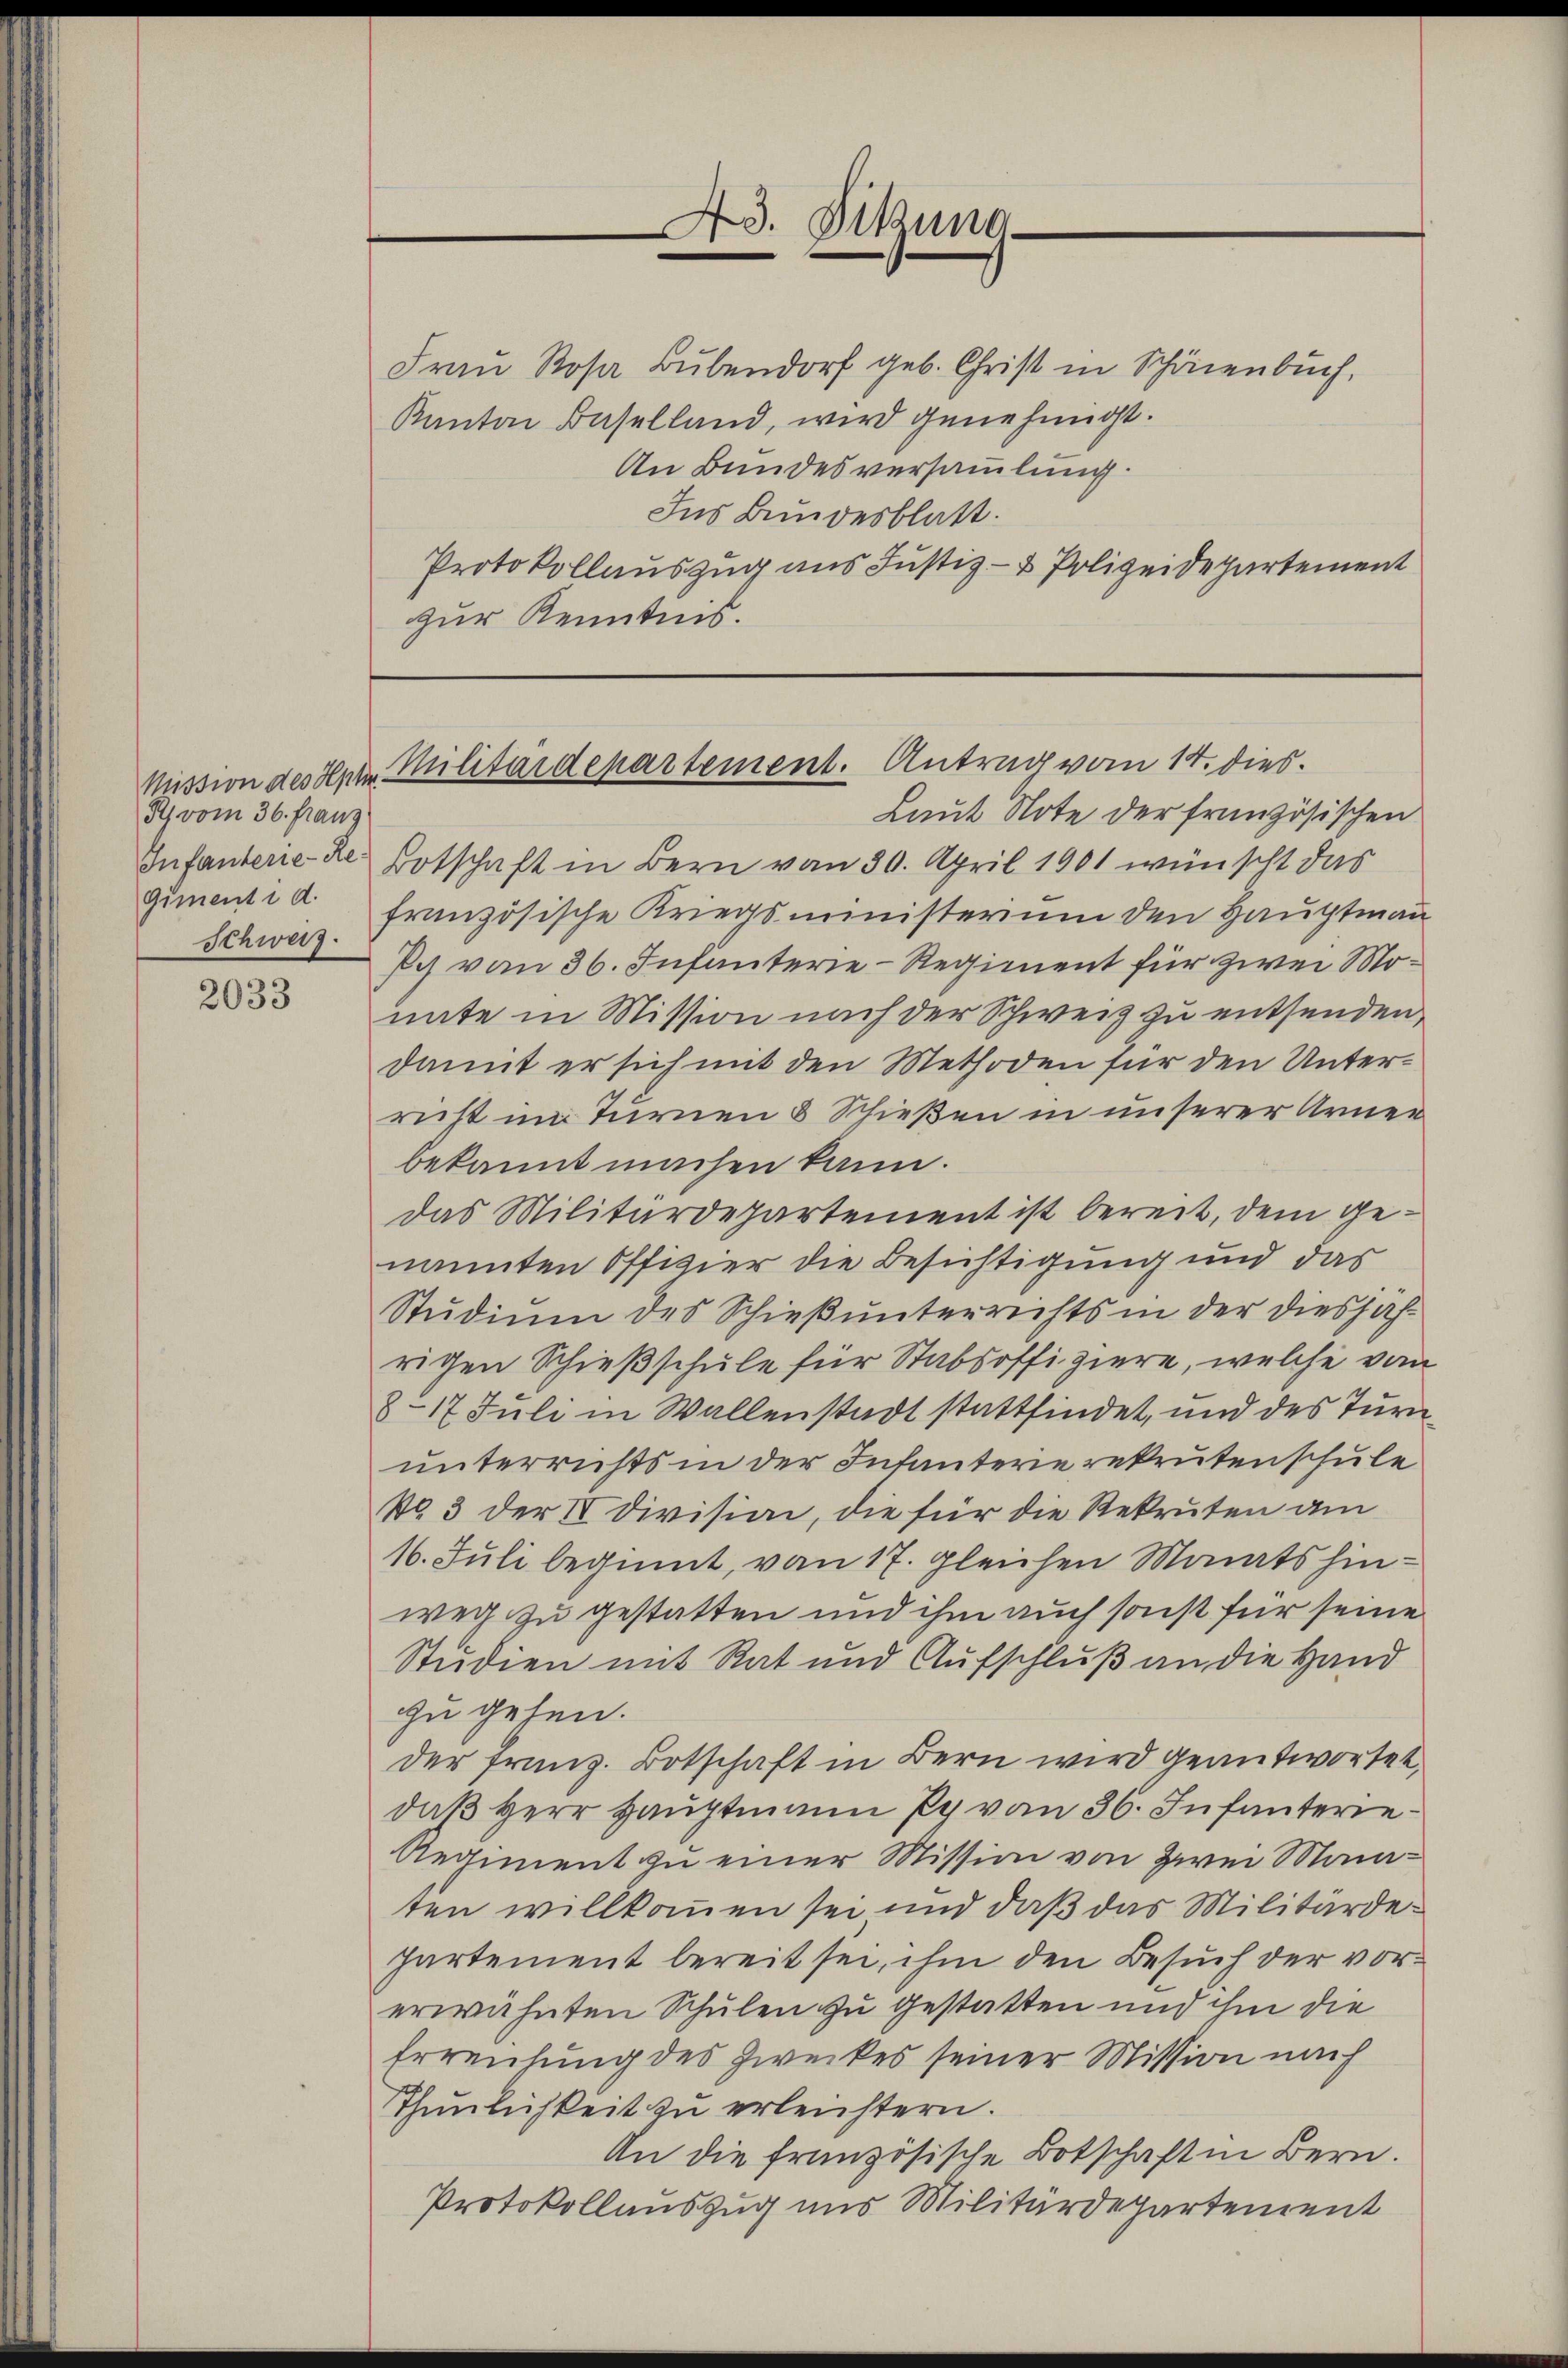
R von 36. Franz
Infanterie-Re
Schweiz.

2033

Frau Rosa Bubendorf geb. Christ in Schönenbuch,
Kanton Baselland, wird genehmigt.
An Bundesversammlung.
Ins Bundesblatt.
Protokollauszug aus Justiz- & Polizeidepartement
zur Kenntnis.

Laut Note der französischen
Botschaft in Bern vom 30. April 1901 wünscht das
gimenti a französische Kriegsministerium den Hauptmann
Ich von 36. Infanterie-Regiment für zwei Monate in Mission nach der Schweiz zu entsenden,
damit er sich mit den Methoden für den Unterricht im Turnen 8 Schießen in unserer Armen
bekannt machen kann.
das Militärdepartement ist bereit, dem genannten Offizier die Besichtigung und das
Studium des Schieß unterrichts in der diesfalrigen Schießschule für Stabsoffiziere, welche vom
8-17 Juli in Wallenstadt stattfindet, und des Turnunterrichts in der Infanterie rekrutenschule
No. 3 der IV Division, die für die Rekruten am
16. Juli beginnt, von 17. gleichen Monats hinweg zu gestatten und ihm auch sonst für seine
Studien mit Rat und Aufschluß an die Hand
zu gehen.
der franz. Botschaft in Bern wird geantwortet.
daß Herr Hauptmann Py von 36. Infanterie
Regiment zu einer Mission von Zwei Monaten willkommen sei und daß das Militärdepartement bereit sei, ihm den Besuch der vorerwähnten Schulen zu gestatten und ihm die
Erreilung des Zweckes seiner Mission nach
Thŭnlichkeit zu erleichtern.
An die französische Botschaft in Bern.
Protokollauszug uns Militärdepartement

43. Sitzung

Mission des Herr Militärdepartement. Antrag vom 14. dies